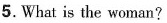
5.What is the woman?